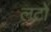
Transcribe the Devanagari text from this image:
लटों